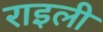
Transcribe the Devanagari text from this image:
राइली